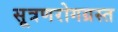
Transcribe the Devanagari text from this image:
सूत्रणरोगग्रस्त